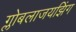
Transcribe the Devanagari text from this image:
ग्लोबलाजयझिंग